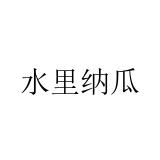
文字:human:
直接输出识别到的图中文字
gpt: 水里纳瓜